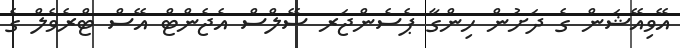
އޭވިއޭޝަން ގެ ދަށުން ހިންގާ ޕެސެންޖަރ ސޭލްސް އެޖެންޓް އޭސް ޓްރެވެލް ގެ